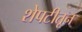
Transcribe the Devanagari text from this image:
शेपटीतून